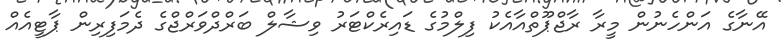
އޭނާގެ އަންހެނުން މީރާ ރާޖްޕޫތްއާއެކު ފިލްމުގެ ޑައިރެކްޓަރު ވިޝާލް ބަރްދްވަރްޖްގެ ދެމަފިރިން ޕާޓީއެއް